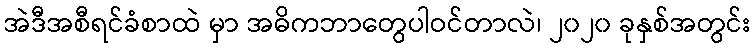
အဲဒီအစီရင်ခံစာထဲ မှာ အဓိကဘာတွေပါဝင်တာလဲ၊ ၂၀၂၀ ခုနှစ်အတွင်း